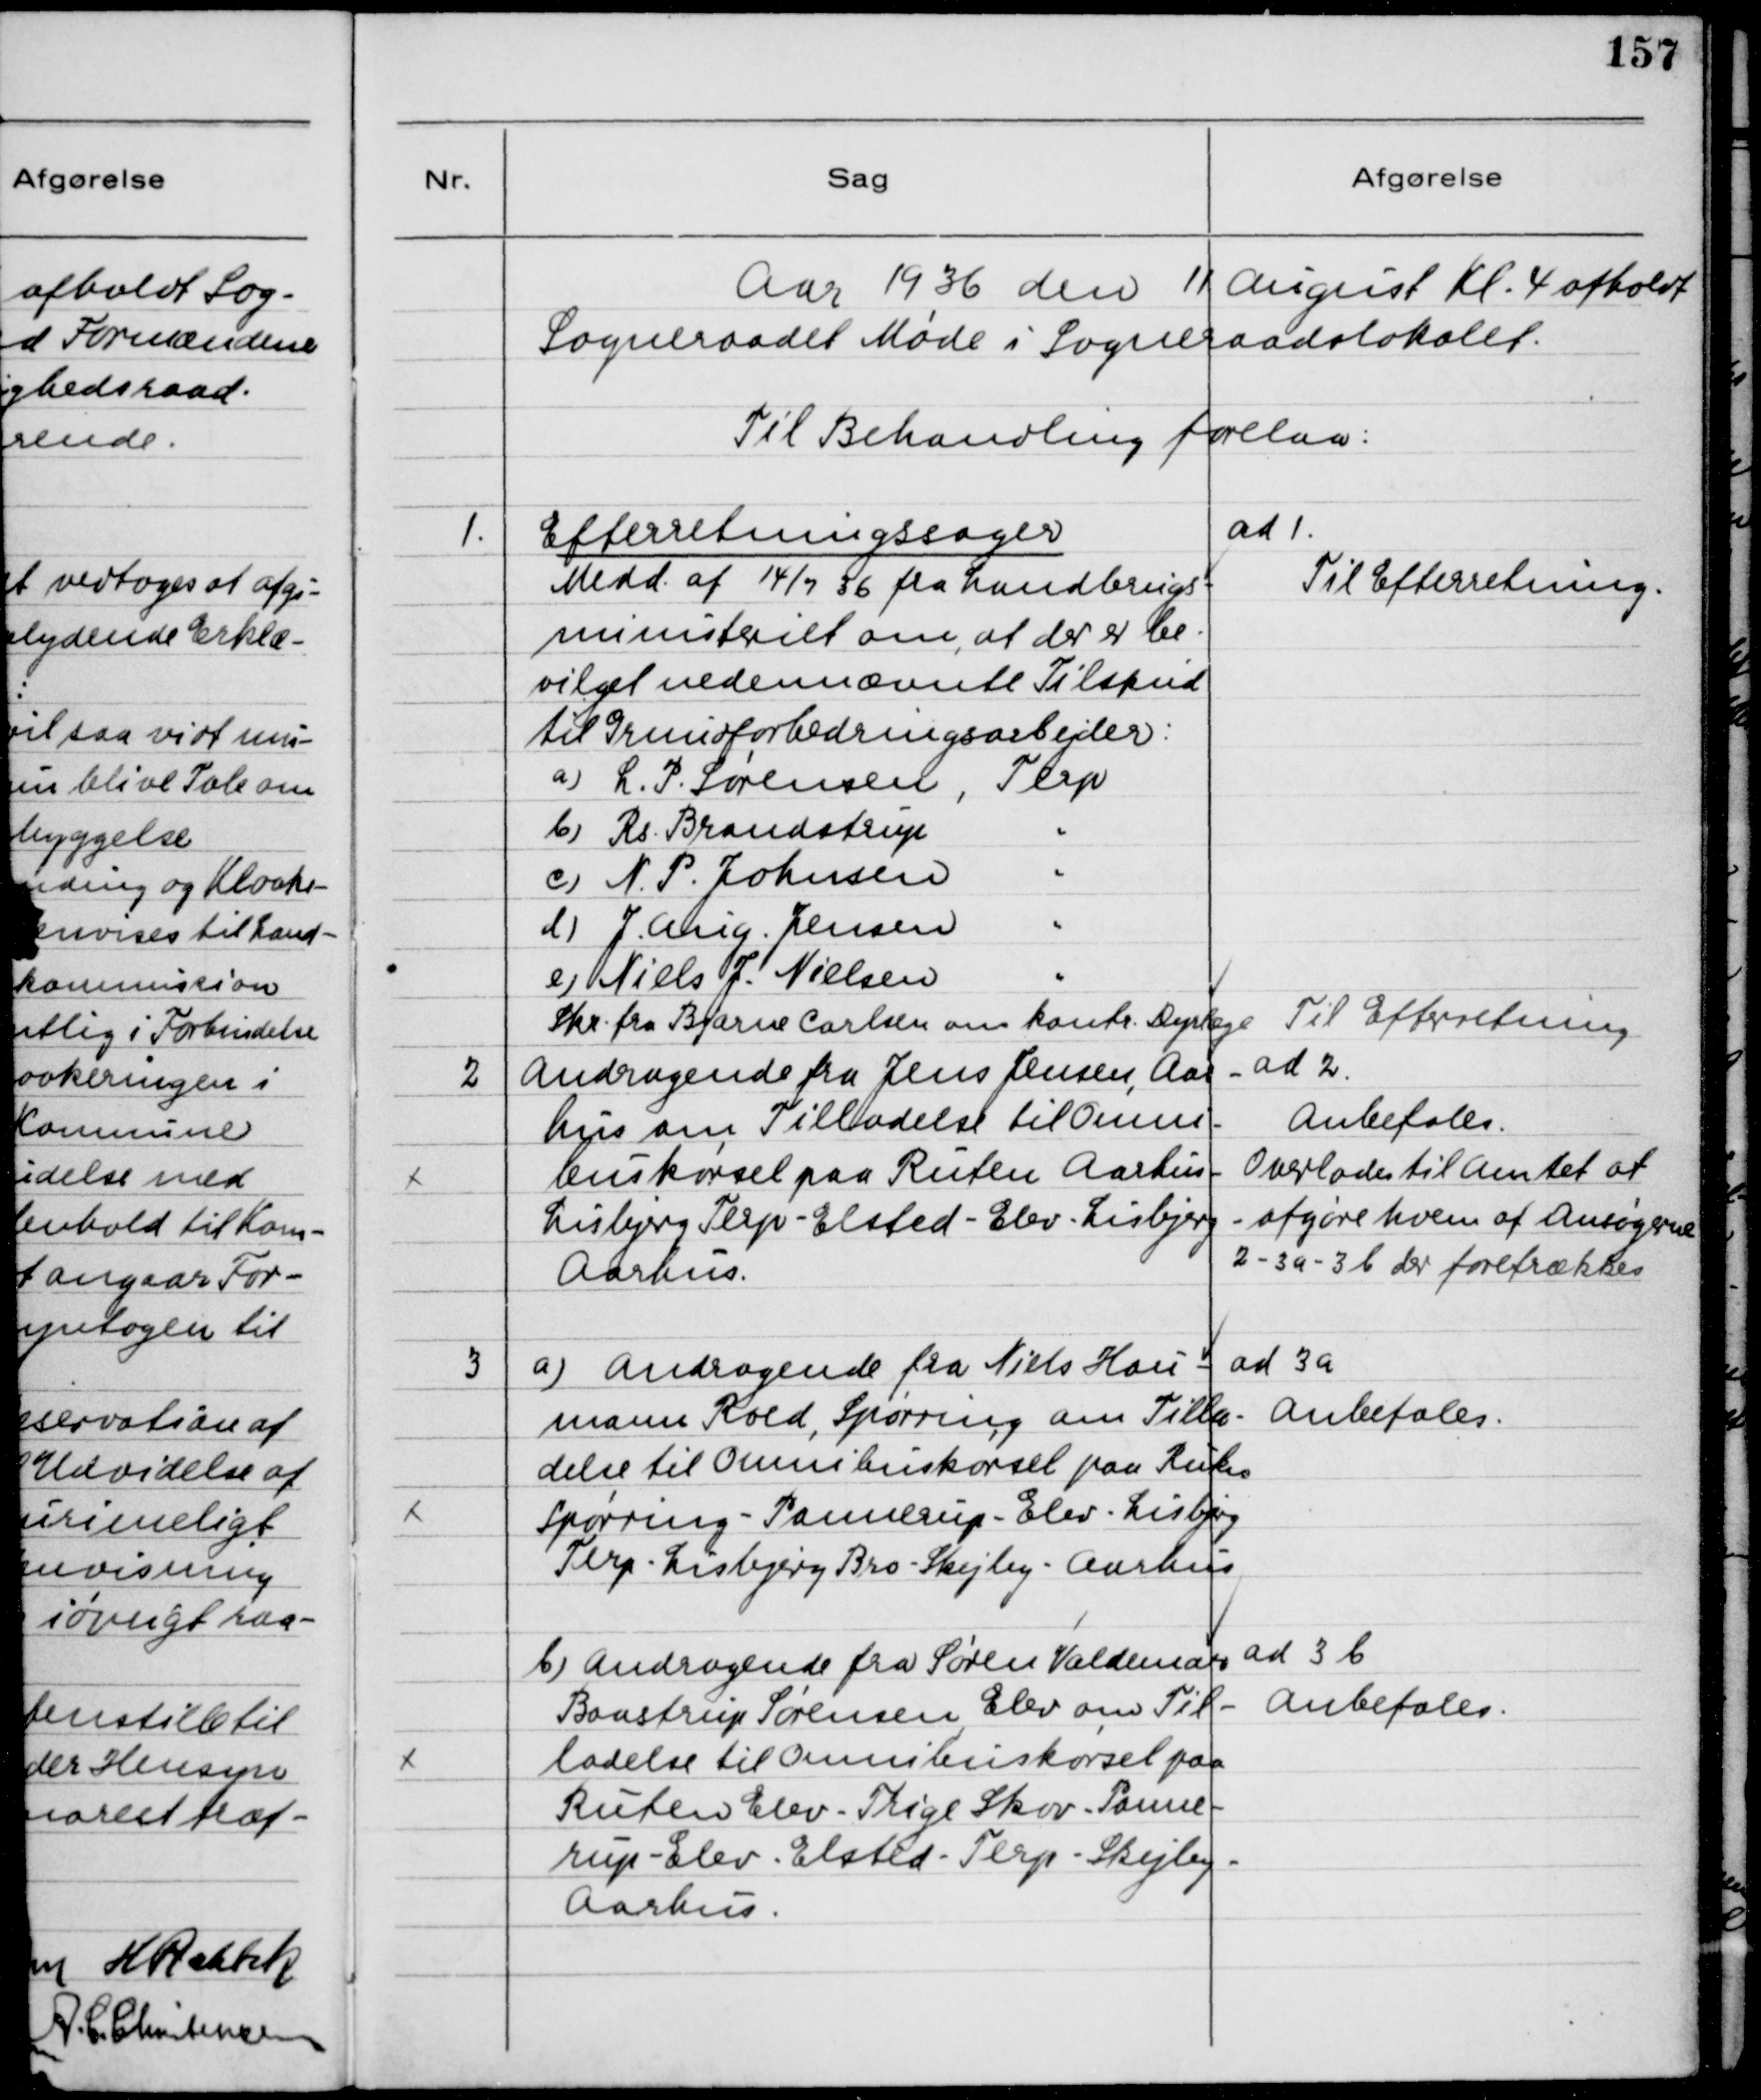
Transskription:
Aar 1936 den 11 August Kl. 4 afholdt
Sogneraadet Møde i Sogneraadslokalet.
Til Behandling forelaa:
1.
Efterretningssager
Medd. af 14/7 36 fra Landbrugs-
ministeriet om, at der er be-
vilget nedennævnte Tilskud
til Grundforbedringsarbejder:
a) L.P. Sørensen, Terp
b) Rs. Brandstrup
c) N.P. Johnsen
d) J. Asig Jensen
e) Niels J. Nielsen
ad 1.
Til Efterretning.
Skr. fra Bjarne Carlsen om kontr. Dyrlæge
Til Efterretning
2
Andragende fra Jens Jensen, Aar-
hus om Tilladelse til Omni-
buskørsel paa Ruten Aarhus-
Lisbjerg Terp-Elsted-Elev-Lisbjerg
Aarhus.
ad 2
Anbefales.
Overlades til Amtet at
afgøre hvem af Ansøgerne
2-3a-3b der foretrækkes
3
a) Andragende fra Niels Hau-
mann Roed, Spørring om Tilla-
delse til Omnibuskørsel paa Ruten
Spørring-Pannerup-Elev-Lisbjerg
Terp-Lisbjerg Bro-Skejby-Aarhus
ad 3a
Anbefales
b) Andragende fra Søren Valdemar
Baastrup Sørensen Elev om Til-
ladelse til Omnibuskørsel paa
Ruten Elev-Trige Skov-Panne-
rup-Elev-Elsted-Terp-Skejby-
Aarhus.
ad 3b
Anbefales.